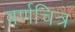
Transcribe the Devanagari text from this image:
वर्णचित्र